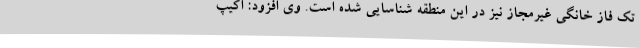
تک فاز خانگی غیرمجاز نیز در این منطقه شناسایی شده است. وی افزود: اکیپ